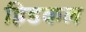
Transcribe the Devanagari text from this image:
हिडकल